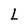
Character: L